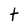
Character: t